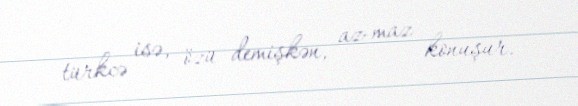
türkcə isə, özü demişkən, az-maz konuşur.